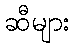
ဆီများ